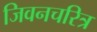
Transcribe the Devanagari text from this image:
जिवनचरित्र